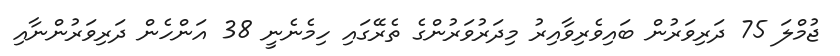
ޖުމްލަ 75 ދަރިވަރުން ބައިވެރިވާއިރު މިދަރުވަރުންގެ ތެރޭގައި ހިމެނެނީ 38 އަންހެން ދަރިވަރުންނާއި